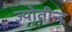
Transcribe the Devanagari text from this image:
ज्योतीन्द्र